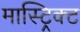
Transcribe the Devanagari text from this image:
मास्ट्रिक्ट